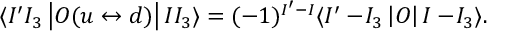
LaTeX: \langle I ^ { \prime } I _ { 3 } \left| { \cal O } ( u \leftrightarrow d ) \right| I I _ { 3 } \rangle = ( - 1 ) ^ { I ^ { \prime } - I } \langle I ^ { \prime } - \! I _ { 3 } \left| { \cal O } \right| I - \! I _ { 3 } \rangle .